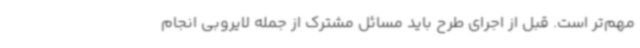
مهم‌تر است. قبل از اجرای طرح باید مسائل مشترک از جمله لایروبی انجام